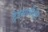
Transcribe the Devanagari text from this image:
ट्रेडमार्कके